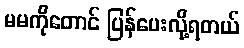
မမကိုတောင် ပြန်ပေးလို့ရတယ်